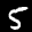
Label: 5